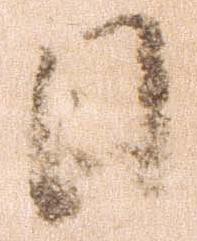
日